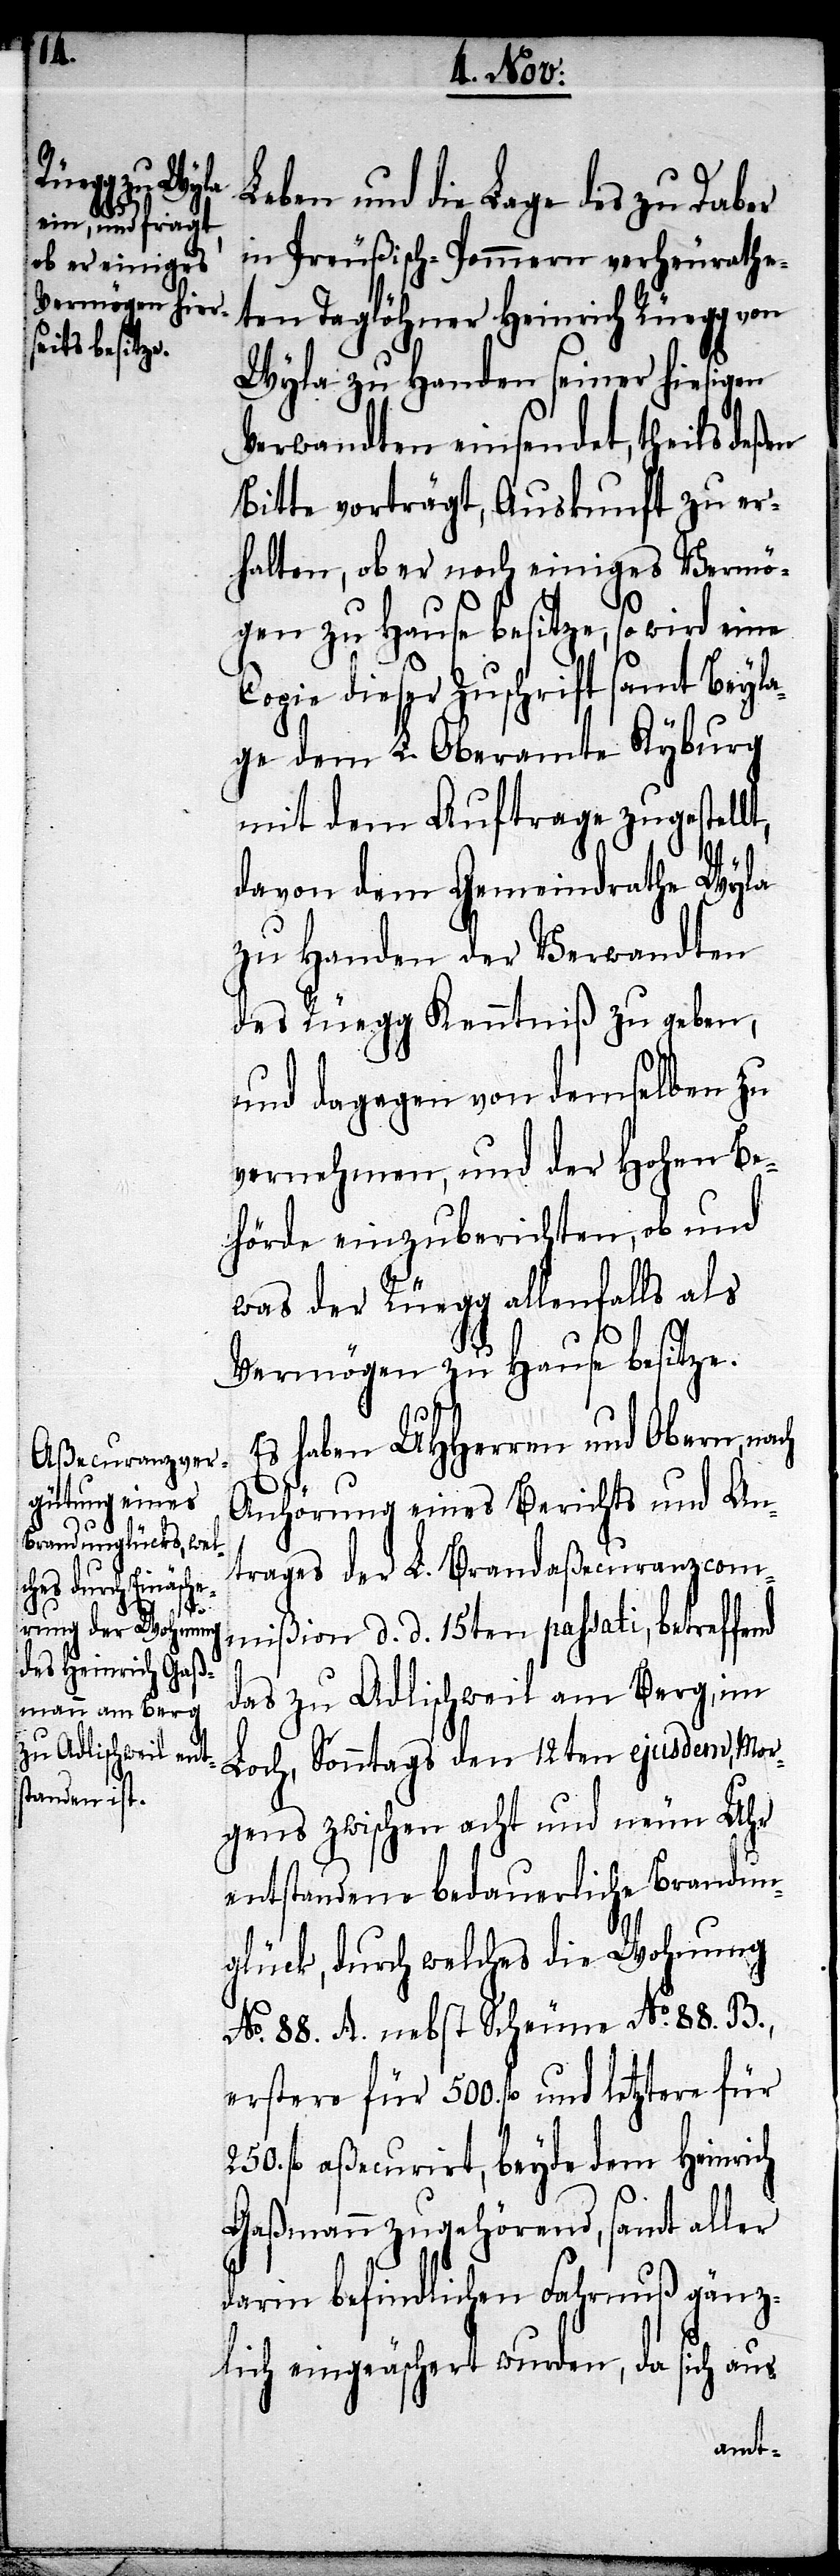
nd

Leben und die Lage des zu Daber
in Preußisch-Pommern verheurathe¬
ten Taglöhner Heinrich Rüegg von
Wyla zu Handen seiner hiesigen
Verwandten einsendet, theils deßen
Bitte vorträgt, Auskunft zu er¬
halten, ob er noch einiges Vermö¬
gen zu Hause besitze, so wird eine
Copie dieser Zuschrift samt Beyla¬
ge dem L. Oberamte Kyburg
mit dem Auftrage zugestell¬
t,
davon dem Gemeindrathe Wyla
zu Handen der Verwandten
des Rüegg Kenntniß zu geben,
und dagegen von demselben zu
vernehmen, und der Hohen Be¬
hörde einzuberichten, ob und
was der Rüegg allenfalls als
Vermögen zu Hause besitze.
Es haben UHHerren und Obern, nach
Anhörung eines Berichts und An¬
trages der L. Brandaßecuranzcom¬
mißion d. d. 15ten passati, betreffe¬
das zu Adlischweil am Berg, im
Loch, Sonntags den 12ten ejusdem, Mor¬
gens zwischen acht und neun Uhr
entstandene bedauerliche Brandun¬
glück, durch welches die Wohnung
No. 88. A. nebst Scheune No. 88 B.,
erstere für 500. fl. und letztere für
fl. aßecurirt, beyde dem Heinrich
Gaßmann zugehörend, samt aller
darin befindlichen Fahrnuß gänz¬
lich eingeäschert wurden, da sich aus